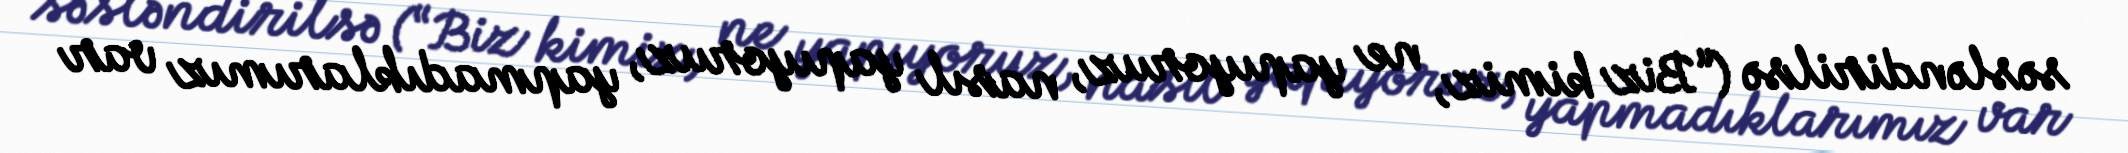
səsləndirilsə (“Biz kimiz, ne yapıyoruz, nasıl yapıyoruz, yapmadıklarımız var